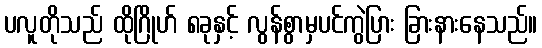
ပလူတိုသည် ထိုဂြိုဟ် ၈ခုနှင့် လွန်စွာမှပင်ကွဲပြား ခြားနားနေသည်။